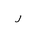
Letter: _ra